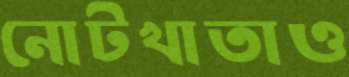
নোটখাতাও